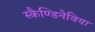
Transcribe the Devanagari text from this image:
स्कैण्डिनेविया